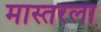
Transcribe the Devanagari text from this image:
मास्तरला